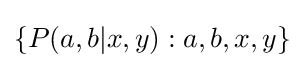
\{P(a,b|x,y):a,b,x,y\}